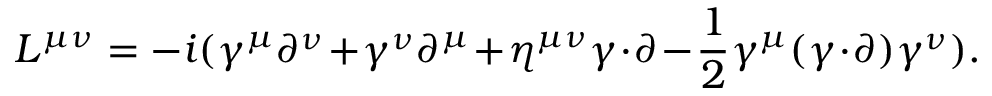
L ^ { \mu \nu } = - i ( \gamma ^ { \mu } \partial ^ { \nu } \! + \! \gamma ^ { \nu } \partial ^ { \mu } \! + \! \eta ^ { \mu \nu } \gamma \! \cdot \! \partial \! - \! { \frac { 1 } { 2 } } \gamma ^ { \mu } ( \gamma \! \cdot \! \partial ) \gamma ^ { \nu } ) .